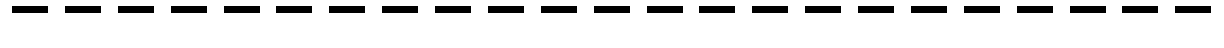
-----------------------